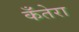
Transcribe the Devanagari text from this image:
कँतेरा